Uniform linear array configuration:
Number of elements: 24
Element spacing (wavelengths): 1
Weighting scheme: cosine
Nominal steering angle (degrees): -30
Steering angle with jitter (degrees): -28.011
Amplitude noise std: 0.05
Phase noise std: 0.05

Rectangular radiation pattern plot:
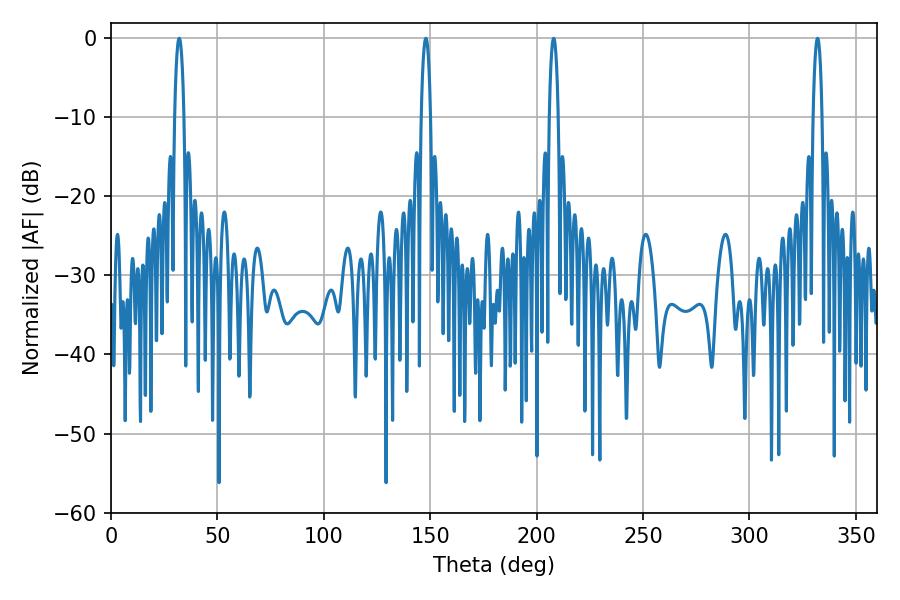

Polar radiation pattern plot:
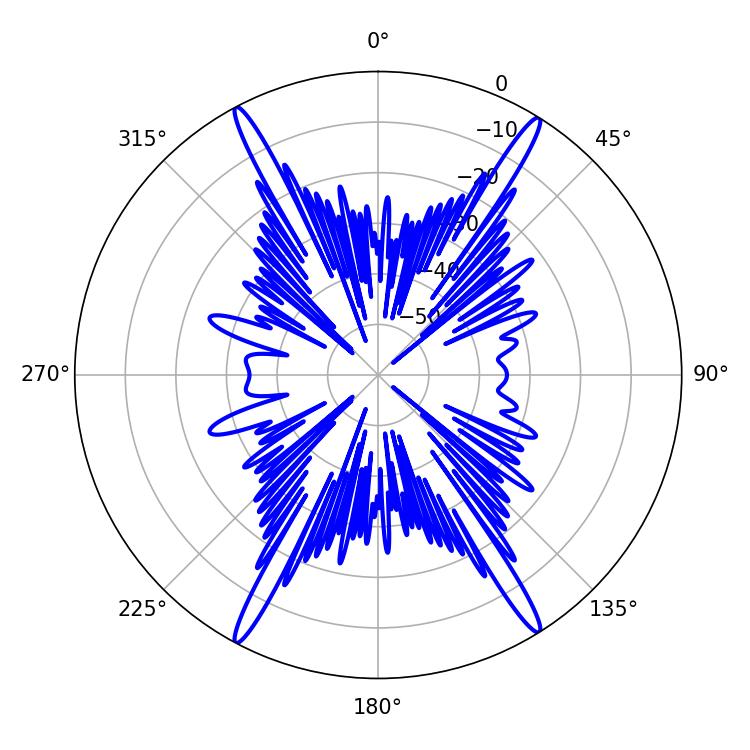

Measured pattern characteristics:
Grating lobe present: TRUE
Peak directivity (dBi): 23.968
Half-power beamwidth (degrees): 2.52
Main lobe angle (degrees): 32.04